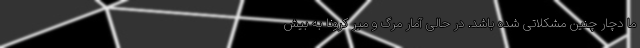
ما دچار چنین مشکلاتی شده باشد. در حالی آمار مرگ و میر کرونا به بیش